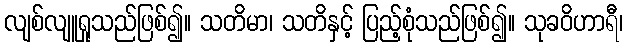
လျစ်လျူရှုသည်ဖြစ်၍။ သတိမာ၊ သတိနှင့် ပြည့်စုံသည်ဖြစ်၍။ သုခဝိဟာရီ၊